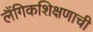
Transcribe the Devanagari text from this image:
लैंगिकशिक्षणाची